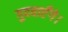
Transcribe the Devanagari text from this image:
गुदवाएँगे।